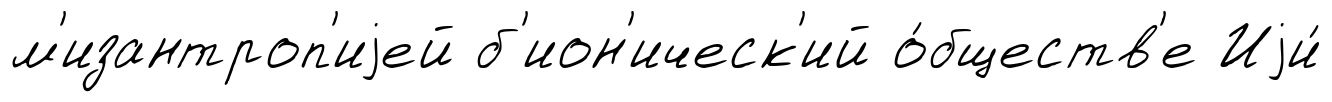
м'изантроп'иjей б'ион'ическ'ий о́бществ'е Иjи́